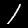
Label: 1